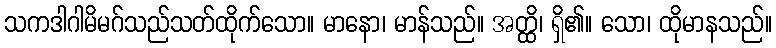
သကဒါဂါမိမဂ်သည်သတ်ထိုက်သော။ မာနော၊ မာန်သည်။ အတ္ထိ၊ ရှိ၏။ သော၊ ထိုမာနသည်။